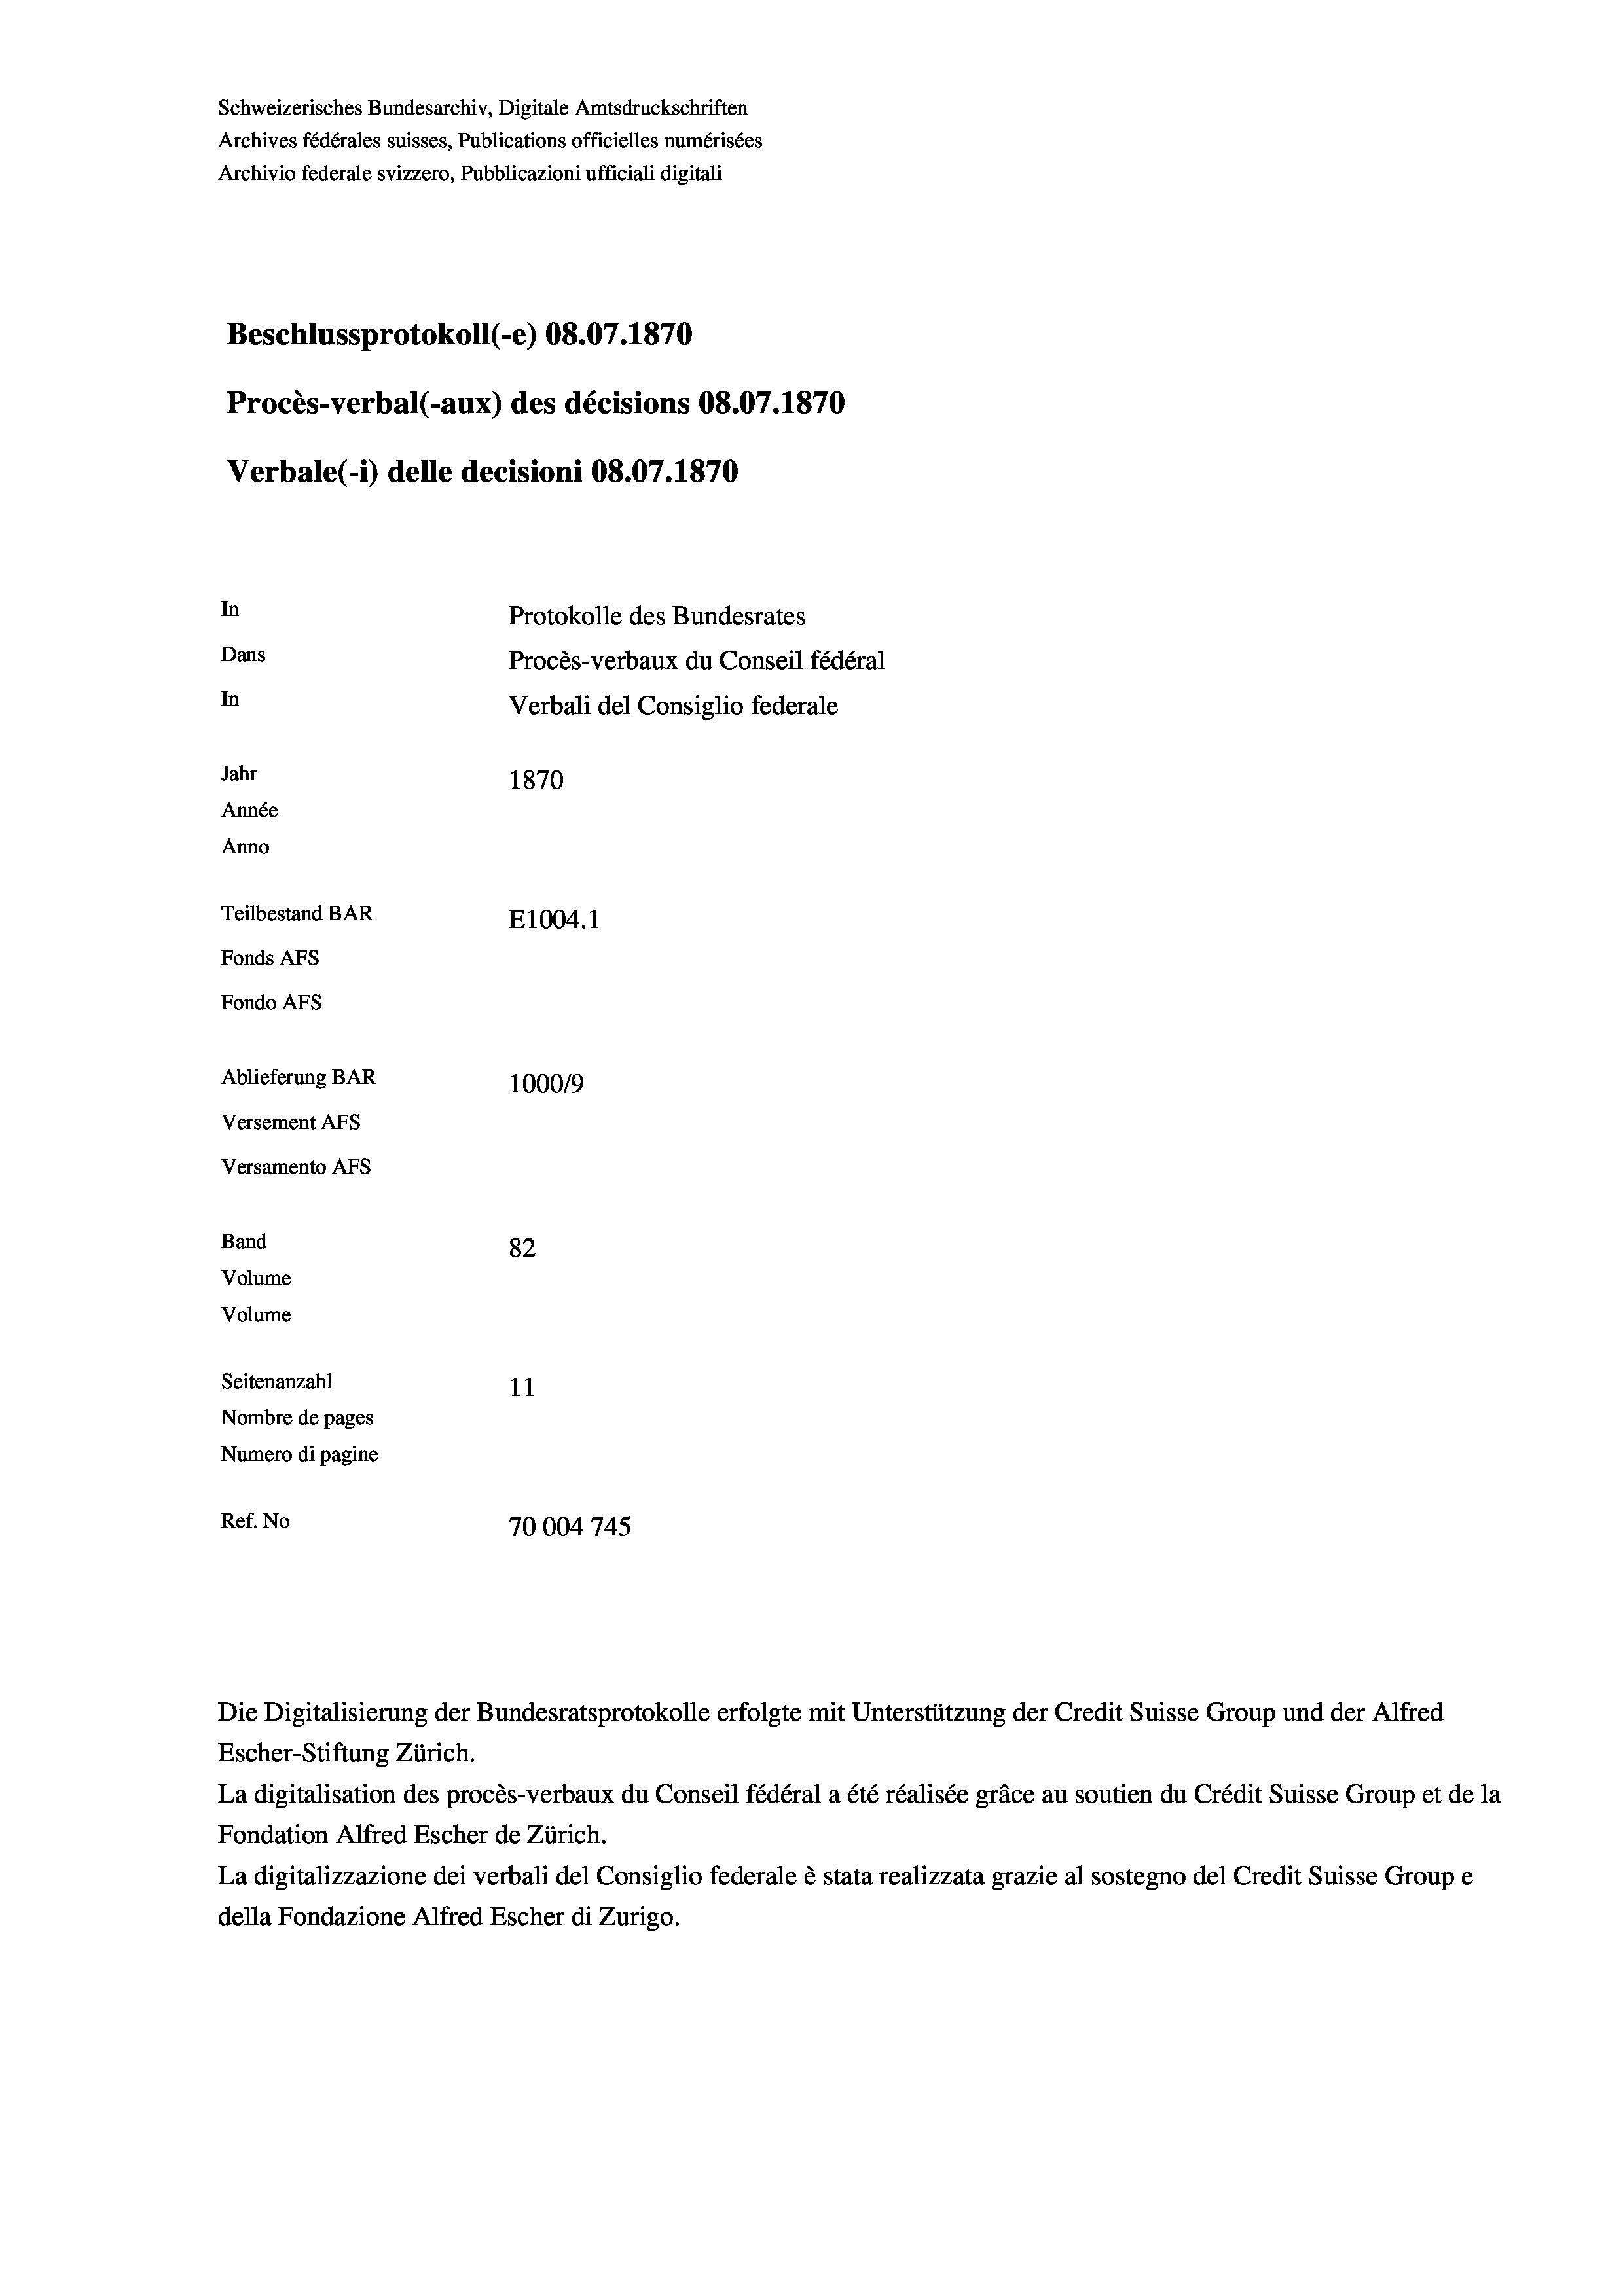
Schweizerisches Bundesarchiv, Digitale Amtsdruckschriften
Archives fédérales suisses, Publications officielles numérisées
Archivio federale svizzero, Pubblicazioni ufficiali digitali
Beschlussprotokoll (-e) 08.07. 1870
Procès-verbal (-aux) des décisions 08.07.1870
Verbale (- 1) delle decisioni 08.07.1870
In
Protokolle des Bundesrates
Dans
Procès-verbaux du Conseil fédéral
In
Verbali del Consiglio federale
Jahr
1870
Année
Anno
Teilbestand BAR
E1004.1
Fonds AFs
Fondo AFs
Ablieferung BAR
1000/9
Versement AFS
Versamento Afs

82
Seitenanzahl
11
Nombre de pages
Numero di pagine
Ref. No
70004745

Band
Volume
Volume

Escher-Stiftung Zürich.
La digitalisation des procès-verbaux du Conseil fédéral a été réalisée gräce au soutien du Crédit Suisse Group et de la
Fondation Alfred Escher de Zürich.
La digitalizzazione dei verbali del Consiglio federale è stata realizzata grazie al sostegno del Credit Suisse Groupe
della Fondazione Alfred Escher di Zurigo.

Die Digitalisierung der Bundesratsprotokolle erfolgte mit Unterstützung der Credit Suisse Group und der Alfred